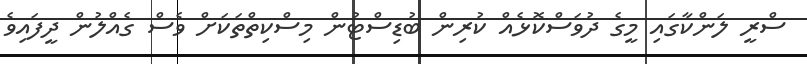
ސްރީ ލަންކާގައި މީގެ ދުވަސްކޮޅެއް ކުރިން ބުޑިސްޓުން މިސްކިތްތަކަށް ވެސް ގެއްލުން ދީފައިވެ